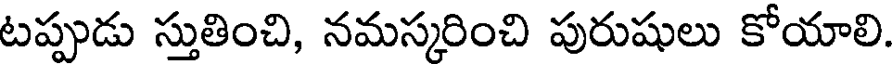
టప్పుడు స్తుతించి, నమస్కరించి పురుషులు కోయాలి.